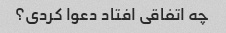
چه اتفاقی افتاد دعوا کردی؟